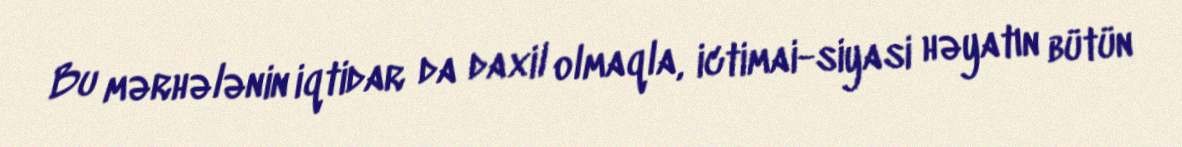
Bu mərhələnin iqtidar da daxil olmaqla, ictimai-siyasi həyatın bütün